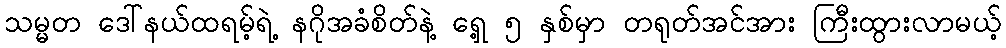
သမ္မတ ဒေါ်နယ်ထရမ့်ရဲ့ နဂိုအခံစိတ်နဲ့ ရှေ့ ၅ နှစ်မှာ တရုတ်အင်အား ကြီးထွားလာမယ့်